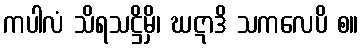
ကပါလံ သိရသဋ္ဌိမှိ၊ ဃဋာဒိ သကလေပိ စ။